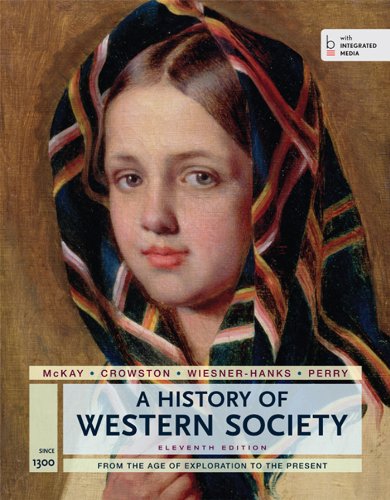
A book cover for A History of Western Society, Since 1300; John P. McKay; History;